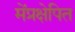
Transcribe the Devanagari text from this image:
मेंप्रक्षेपित